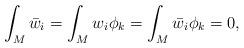
LaTeX: \begin{align*}\int_M\bar w_i=\int_Mw_i\phi_k=\int_M\bar w_i\phi_k=0,\end{align*}